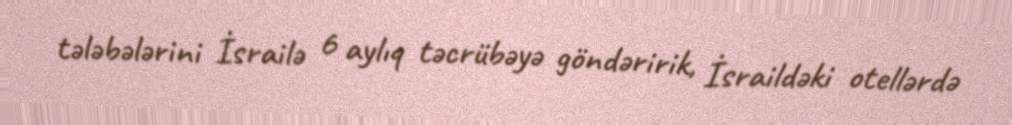
tələbələrini İsrailə 6 aylıq təcrübəyə göndəririk, İsraildəki otellərdə